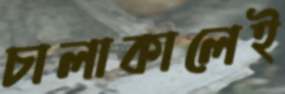
চালাকালেই